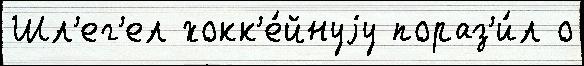
Шл'ег'ел хокк'е́йнуjу пораз'и́л о